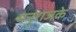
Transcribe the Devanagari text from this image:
मनुराजके